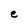
Character: e